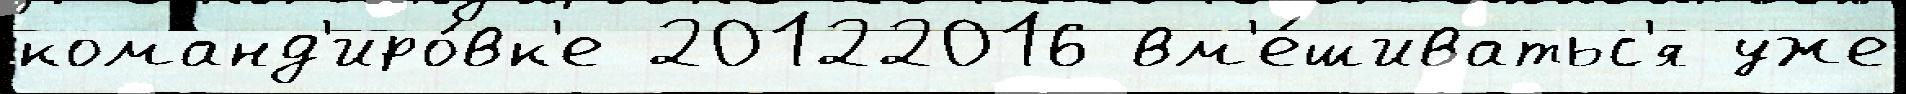
команд'иро́вк'е 20122016 вм'е́шиватьс'я уже